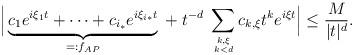
LaTeX: \begin{align*}\Big|\underbrace{c_{1} e^{i\xi_1 t}+\cdots +c_{i_*} e^{i\xi_{i*} t} }_{=:f_{AP}}\;+ \;\displaystyle t^{-d}\;\sum_{k,\xi \atop k<d} c_{k,\xi} t^k e^{i\xi t}\Big|\leq \frac{M}{|t|^d}.\end{align*}